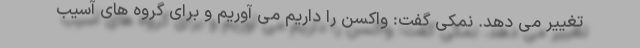
تغییر می دهد. نمکی گفت: واکسن را داریم می آوریم و برای گروه های آسیب